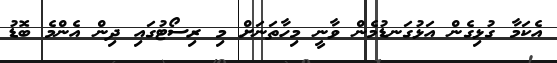
އެކަމާ ގުޅިގެން އަޅުގަނޑުމެން ވާނީ މިހާތަނަށް މި ރިސޯޓުގައި ދިން އެންމެ ބޮޑު